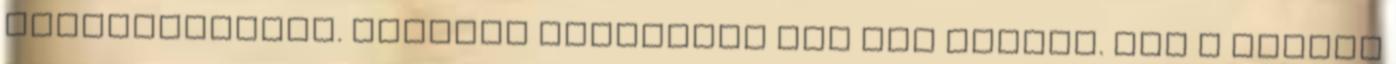
visszavonulás. Pestről Dorosmáig meg sem álltak. Ott a támadó